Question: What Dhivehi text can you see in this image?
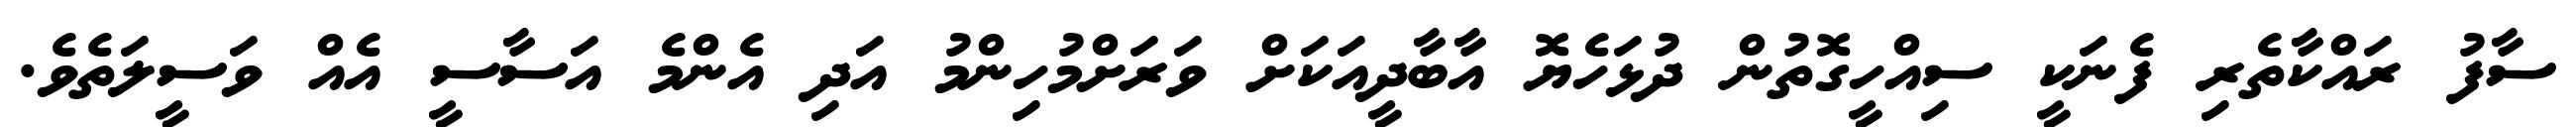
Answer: ސާފު ރައްކާތެރި ފެނަކީ ސިއްހީގޮތުން ދުޅަހެޔޮ އާބާދީއަކަށް ވަރަށްމުހިންމު އަދި އެންމެ އަސާސީ އެއް ވަސީލަތެވެ.